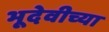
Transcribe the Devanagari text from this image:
भूदेवीच्या